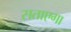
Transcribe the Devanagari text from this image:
सताएगा